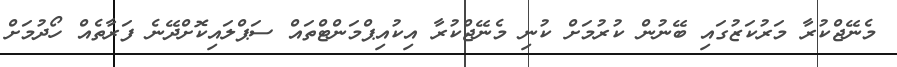
މެނޭޖްކުރާ މަރުކަޒުގައި ބޭނުން ކުރުމަށް ކުނި މެނޭޖްކުރާ އިކުއިޕްމަންޓްތައް ސަޕްލައިކޮށްދޭނެ ފަރާތެއް ހޯދުމަށް